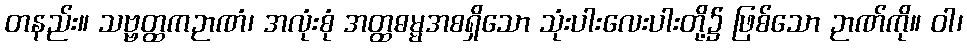
တနည်း။ သဗ္ဗတ္ထကဉာဏံ၊ အလုံးစုံ အတ္ထဓမ္မအစရှိသော သုံးပါးလေးပါးတို့၌ ဖြစ်သော ဉာဏ်ကို။ ဝါ၊